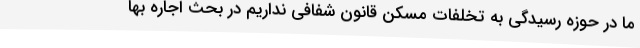
ما در حوزه رسیدگی به تخلفات مسکن قانون شفافی نداریم در بحث اجاره بها